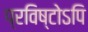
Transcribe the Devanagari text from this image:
प्रविष्टोऽपि